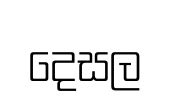
දෙසල